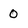
Character: 0